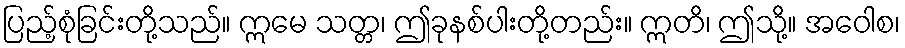
ပြည့်စုံခြင်းတို့သည်။ ဣမေ သတ္တ၊ ဤခုနစ်ပါးတို့တည်း။ ဣတိ၊ ဤသို့။ အဝေါစ၊